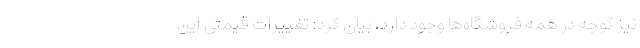
نیز گوجه در همه فروشگاه‌ها وجود دارد، بیان کرد: تغییرات قیمتی این